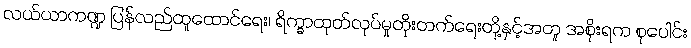
လယ်ယာကဏ္ဍ ပြန်လည်ထူထောင်ရေး၊ ရိက္ခာထုတ်လုပ်မှုတိုးတက်ရေးတို့နှင့်အတူ အစိုးရက စုပေါင်း